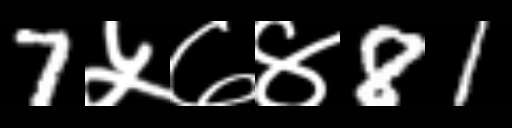
Text: 7५७४81